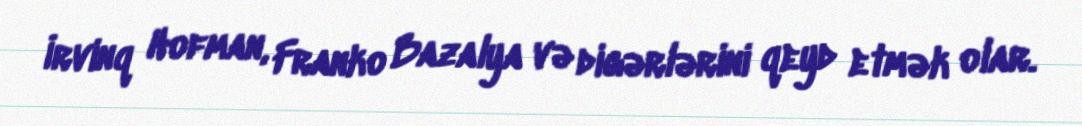
İrvinq Hofman, Franko Bazalya və digərlərini qeyd etmək olar.